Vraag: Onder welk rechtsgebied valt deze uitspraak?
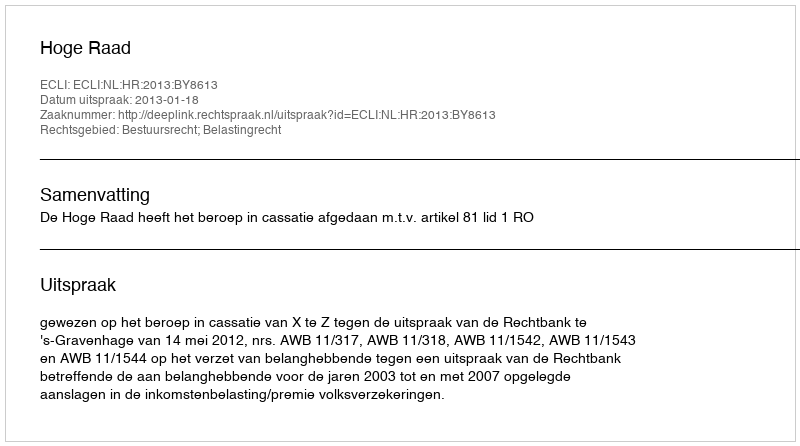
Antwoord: Bestuursrecht; Belastingrecht